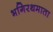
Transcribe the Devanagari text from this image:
भगिरथमाता